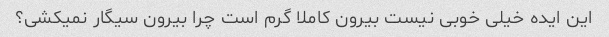
این ایده خیلی خوبی نیست بیرون کاملا گرم است چرا بیرون سیگار نمیکشی؟